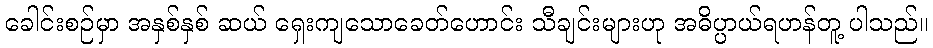
ခေါင်းစဉ်မှာ အနှစ်နှစ် ဆယ် ရှေးကျသောခေတ်ဟောင်း သီချင်းများဟု အဓိပ္ပာယ်ရဟန်တူ့ ပါသည်။